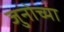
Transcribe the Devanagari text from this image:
जुनोच्या